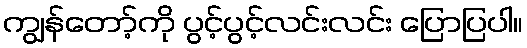
ကျွန်တော့်ကို ပွင့်ပွင့်လင်းလင်း ပြောပြပါ။